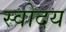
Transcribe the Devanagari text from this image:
स्वोदय